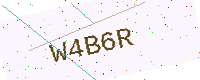
Text: W4B6R